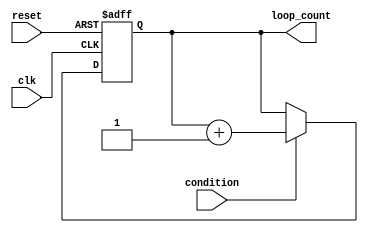
module while_loop_example (
    input wire clk,
    input wire reset,
    input wire condition,
    output reg loop_count
);

always @(posedge clk or posedge reset) begin
    if (reset) begin
        loop_count <= 0;
    end else begin
        if (condition) begin
            loop_count <= loop_count + 1;
        end
    end
end

endmodule